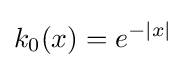
k_{0}(x)=e^{-|x|}